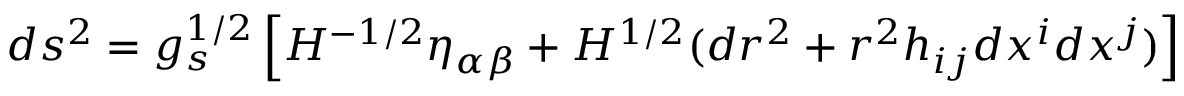
d s ^ { 2 } = g _ { s } ^ { 1 / 2 } \left[ H ^ { - 1 / 2 } \eta _ { \alpha \beta } + H ^ { 1 / 2 } ( d r ^ { 2 } + r ^ { 2 } h _ { i j } d x ^ { i } d x ^ { j } ) \right]